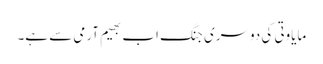
مایاوتی کی دوسری جنگ اب بھیم آرمی سے ہے۔